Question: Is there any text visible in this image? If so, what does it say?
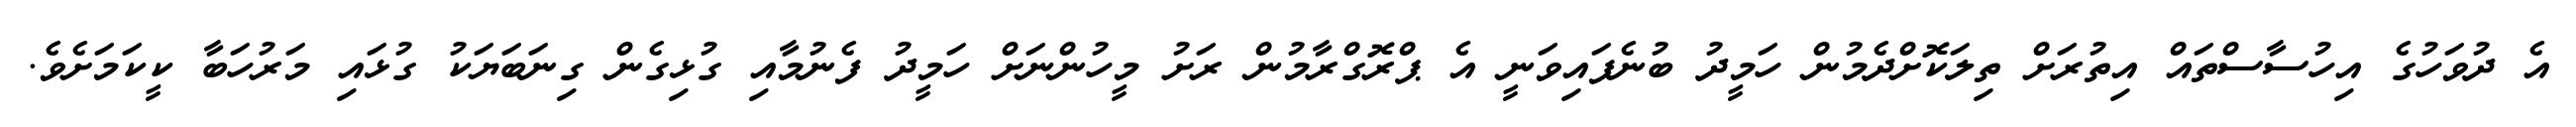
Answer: އެ ދުވަހުގެ އިހުސާސްތައް އިތުރަށް ތިލަކޮށްދެމުން ހަމީދު ބުނެފައިވަނީ އެ ޕްރޮގްރާމުން ރަށު މީހުންނަށް ހަމީދު ފެނުމާއި ގުޅިގެން ގިނަބަޔަކު ގުޅައި މަރުހަބާ ކީކަމަށެވެ.